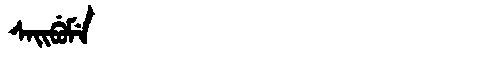
Manchu: ᠰᠠᡳᠪᡠᠮᡝ
Romanization: SAIBUME